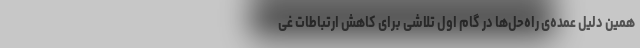
همین دلیل عمده‌ی راه‌حل‌ها در گام اول تلاشی برای کاهش ارتباطات غی